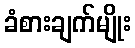
ခံစားချက်မျိုး